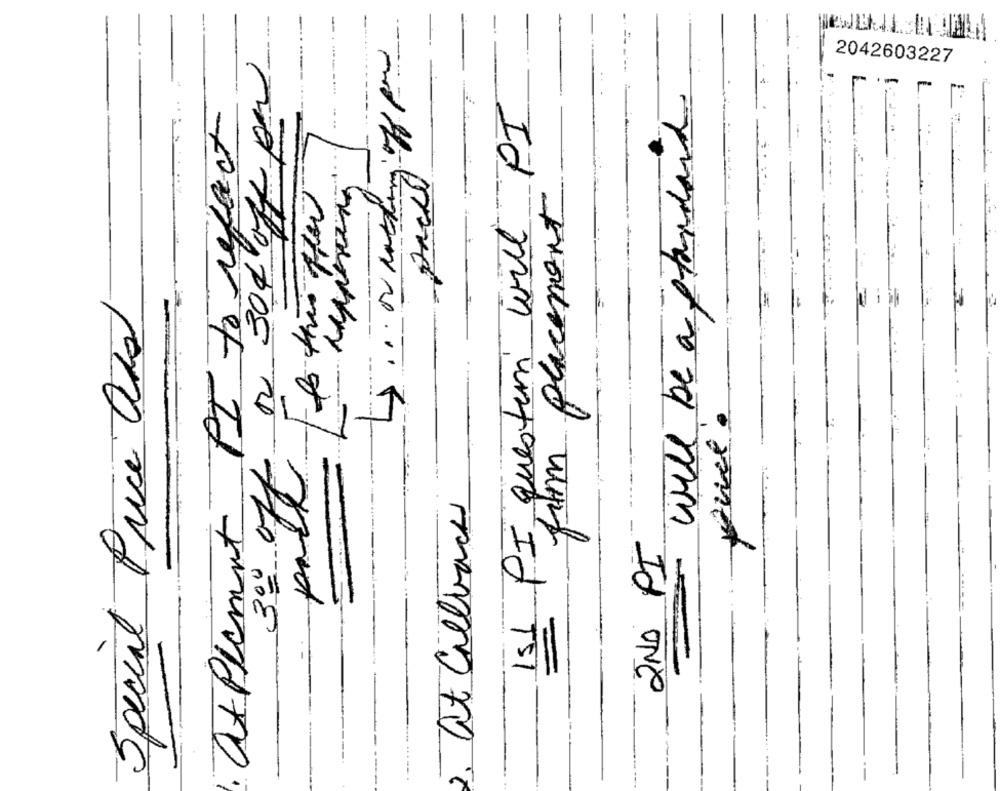
... 00 cutting off for
n. 304 off por
2042603227
ISI PI questioni will PI
Will be a standard
.. .
atplement PI to refact
paced
from placement
Special Price Das
2. at Callback
2NO PI
$
m